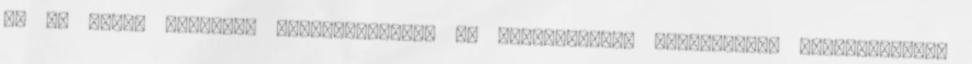
de ha igen, szívesen megválaszolom. Az esélytelenek éhenhalását természetesen